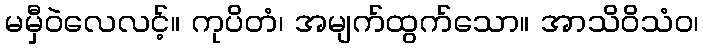
မမှီဝဲလေလင့်။ ကုပိတံ၊ အမျက်ထွက်သော။ အာသိဝိသံဝ၊